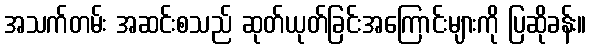
အသက်တမ်း အဆင်းစသည် ဆုတ်ယုတ်ခြင်းအကြောင်းများကို ပြဆိုခန်း။